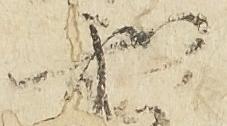
和